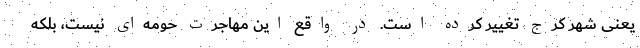
یعنی شهر کرج تغییر کرده است. در واقع این مهاجرت حومه‌‌ای نیست، بلکه